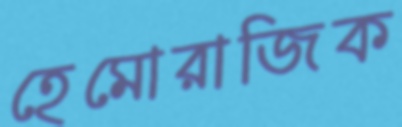
হেমোরাজিক